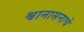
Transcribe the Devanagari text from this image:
श्वानासनाचे